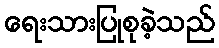
ရေးသားပြုစုခဲ့သည်